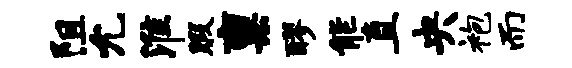
阻允淮暇禀醪能直央袍而